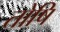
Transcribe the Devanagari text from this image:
तोषि